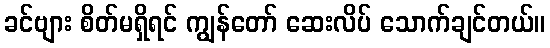
ခင်ဗျား စိတ်မရှိရင် ကျွန်တော် ဆေးလိပ် သောက်ချင်တယ်။